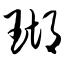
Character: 瑚